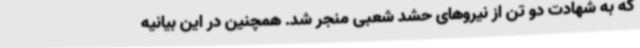
که به شهادت دو تن از نیروهای حشد شعبی منجر شد. همچنین در این بیانیه